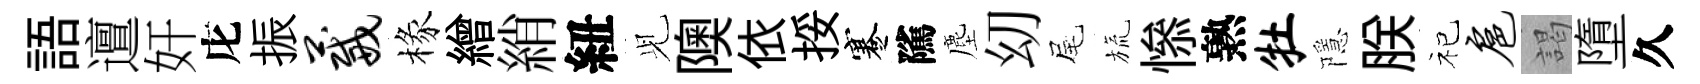
語邅奸庀振葳椽繒綃紐𫤗隩依挼蹇隲塵㓜尾旒𢡖熟牡隱朕祀扈謁墮久